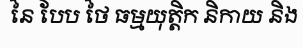
នៃ បែប ថៃ ធម្មយុត្តិក និកាយ និង